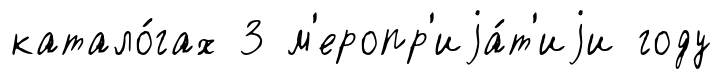
катало́гах 3 м'еропр'иjа́т'иjи году